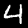
Label: 4